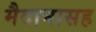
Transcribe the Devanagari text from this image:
मैदानासह